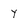
Character: Y